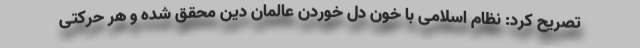
تصریح کرد: نظام اسلامی با خون دل خوردن عالمان دین محقق شده و هر حرکتی